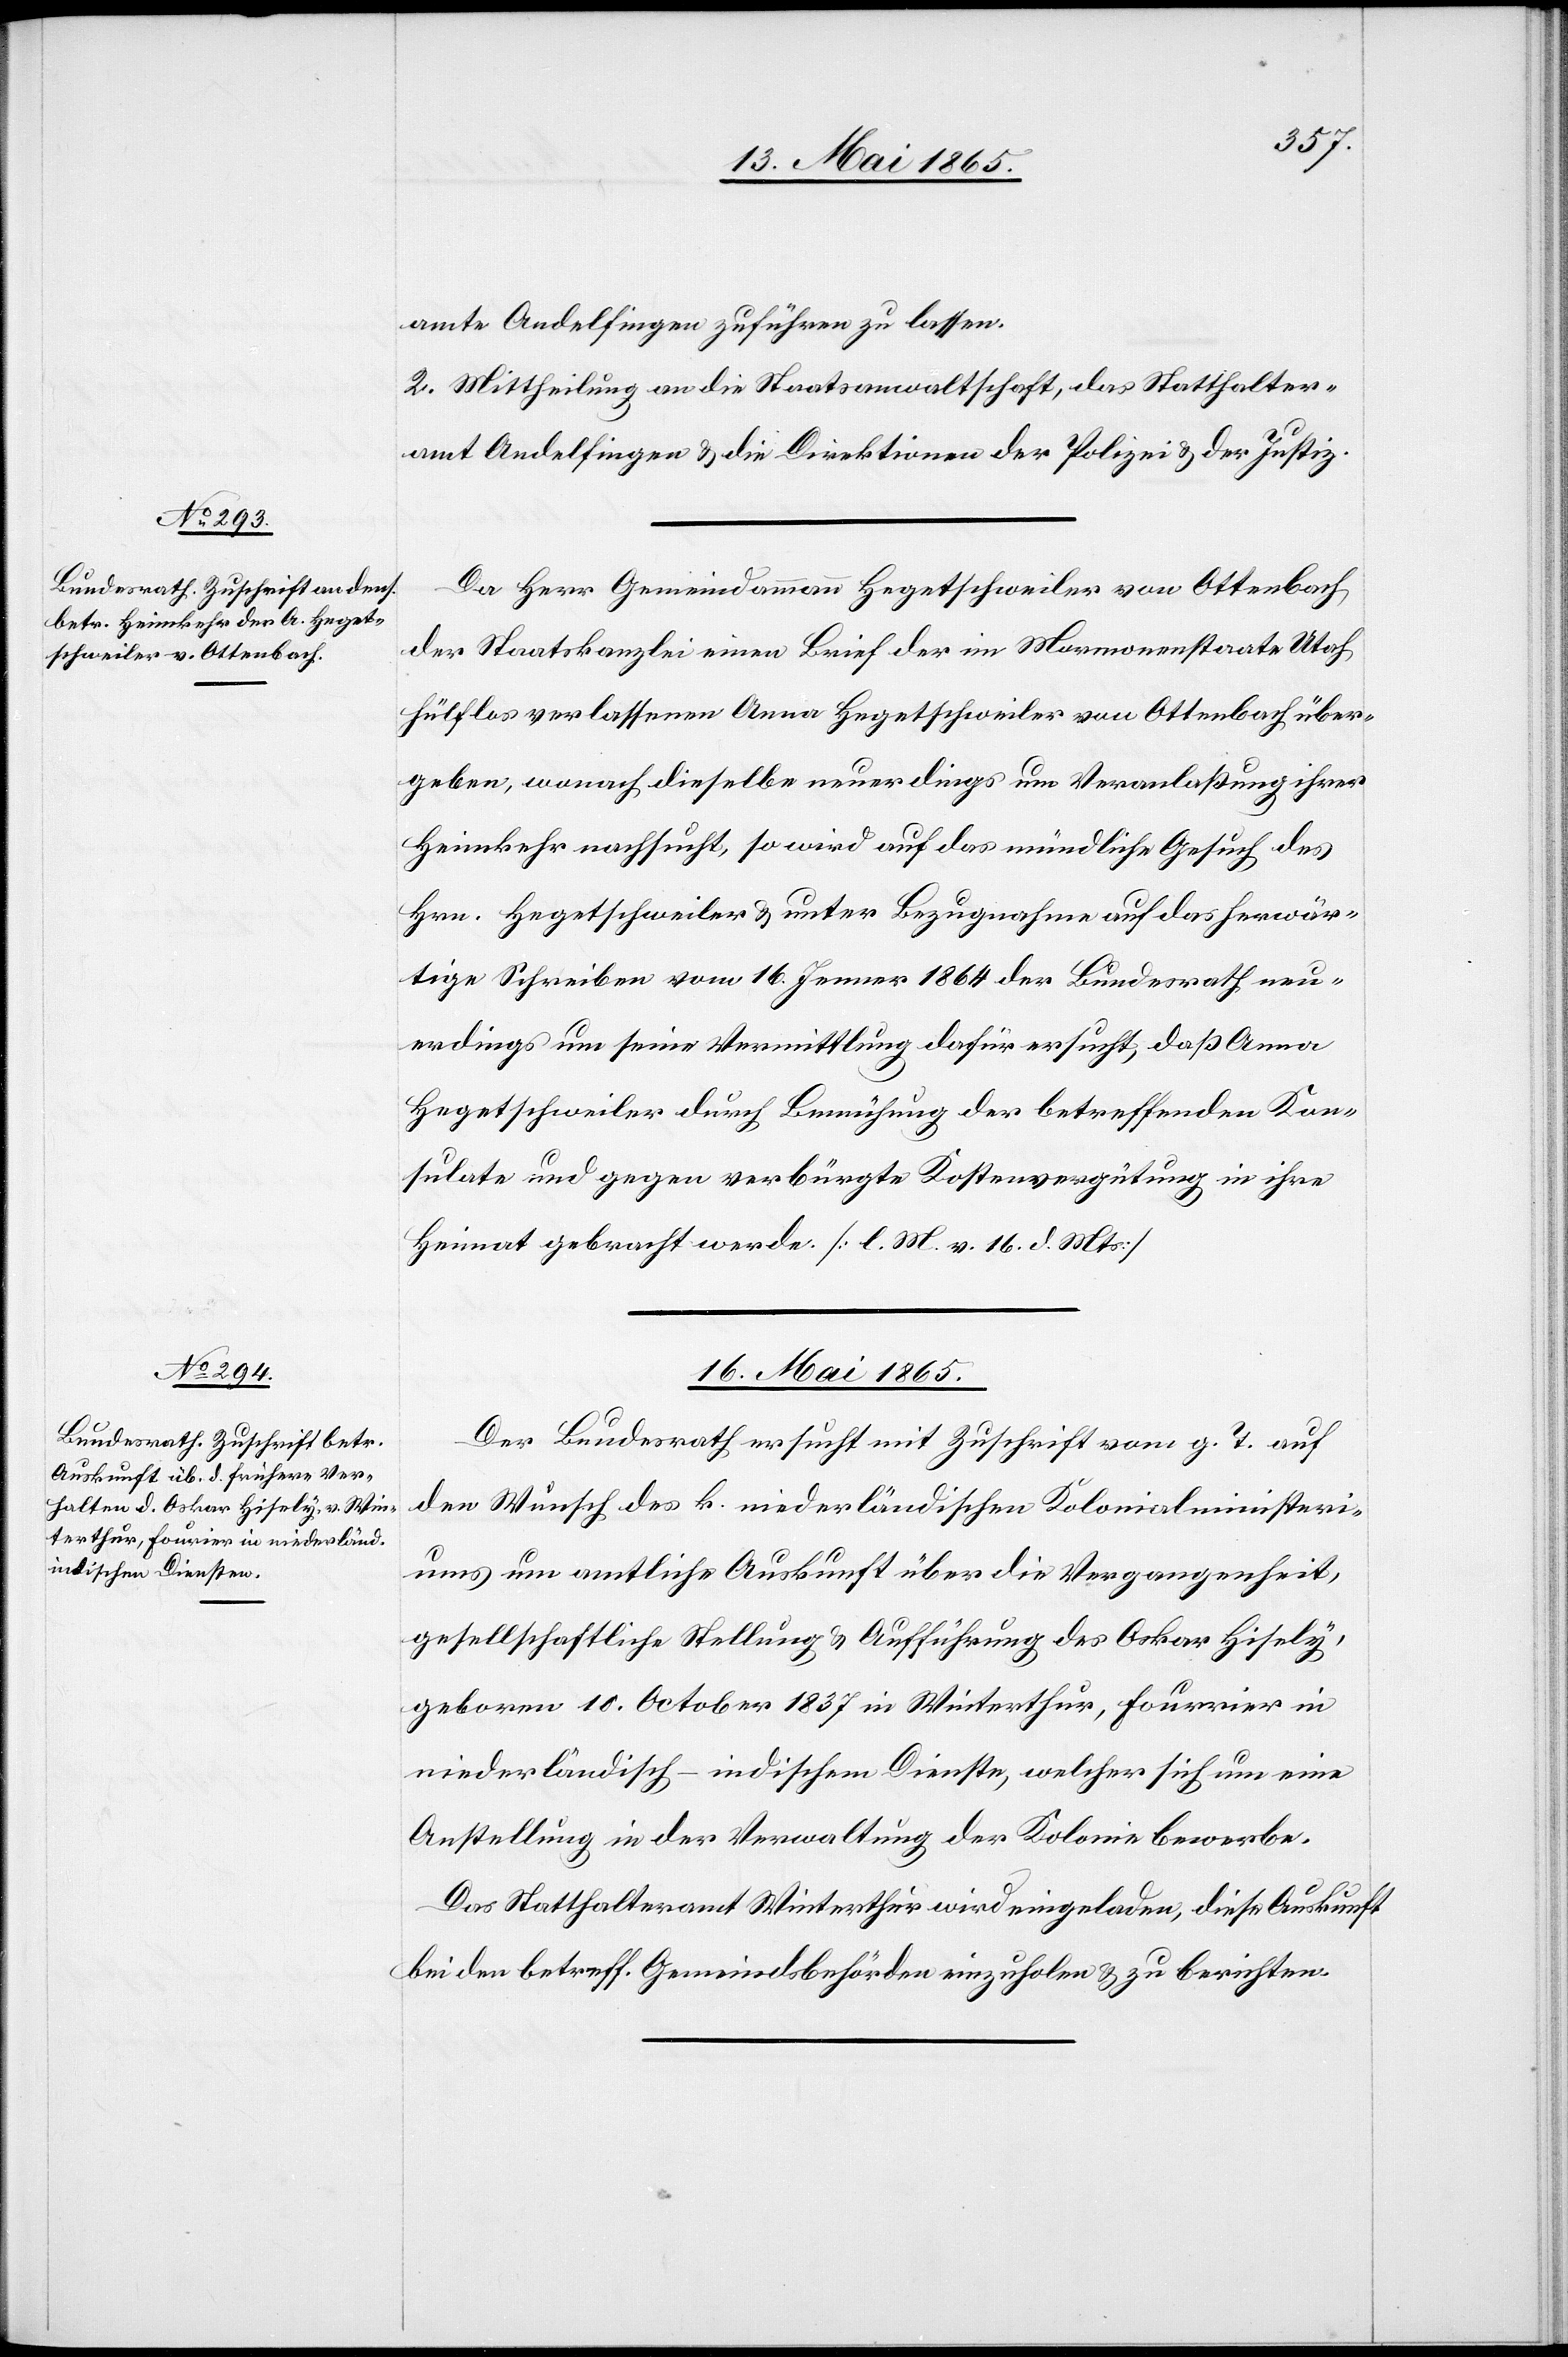
15. Mai 1865.]
amte Andelfingen zuführen zu lassen.
2. Mittheilung an die Staatsanwaltschaft, das Statthalter¬
amt Andelfingen & die Direktion der Polizei & der Justiz.
Da Herr Gemeindammann Hegetschweiler von Ottenbach
der Staatskanzlei einen Brief der im Mormonenstaate Utah
hülflos verlassenen Anna Hegetschweiler von Ottenbach über¬
geben, wonach dieselbe neuerdings um Veranlaßung ihrer
Heimkehr nachsucht, so wird auf das mündliche Gesuch des
Hrn. Hegetschweiler & unter Bezugnahme auf das herwär¬
tige Schreiben vom 16. Jenner 1864 der Bundesrath neu¬
erdings um seine Vermittlung dafür ersucht, daß Anna
Hegetschweiler durch Bemühung der betreffenden Kon¬
sulate und gegen verbürgte Kostenvergütung in ihre
Heimat gebracht werde [l. M. v. 16. d. Mts]
16. Mai 1865.
Der Bundesrath ersucht mit Zuschrift vom g. T. auf
den Wunsch des k. niederländischen Kolonialministeri¬
ums um amtliche Auskunft über die Vergangenheit,
gesellschaftliche Stellung & Aufführung des Oskar Hisely,
geboren 10. October 1837 in Winterthur, Fourier in
niederländisch-indischen Dienste, welcher sich um eine
Anstellung in der Verwaltung der Kolonie bewerbe.
Das Statthalteramt Winterthur wird eingeladen, diese Auskunft
bei den betreff. Gemeindsbehörden einzuholen & zu berichten.